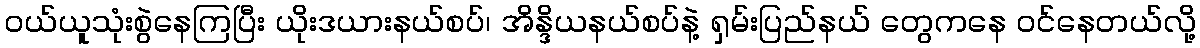
ဝယ်ယူသုံးစွဲနေကြပြီး ယိုးဒယားနယ်စပ်၊ အိန္ဒိယနယ်စပ်နဲ့ ရှမ်းပြည်နယ် တွေကနေ ဝင်နေတယ်လို့